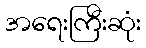
အရေးကြီးဆုံး